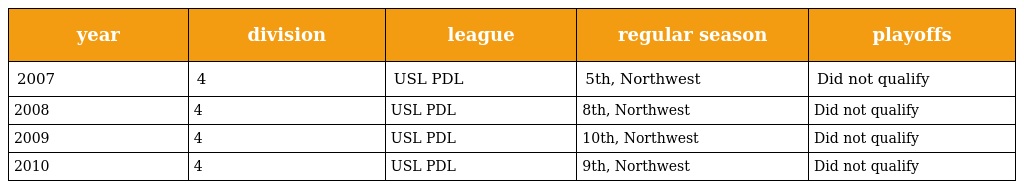
| year | division | league | regular season | playoffs |
 | --- | --- | --- | --- | --- |
 | 2007 | 4 | USL PDL | 5th, Northwest | Did not qualify |
 | 2008 | 4 | USL PDL | 8th, Northwest | Did not qualify |
 | 2009 | 4 | USL PDL | 10th, Northwest | Did not qualify |
 | 2010 | 4 | USL PDL | 9th, Northwest | Did not qualify |